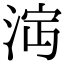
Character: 𣴩